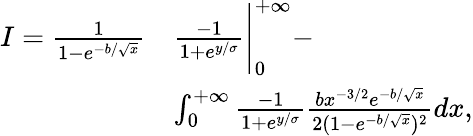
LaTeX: \begin{array}{rl}{I=\frac{1}{1-e^{-b/\sqrt{x}}}}&{\frac{-1}{1+e^{y/\sigma}}\Bigg|_{0}^{+\infty}-}\\ &{\int_{0}^{+\infty}\frac{-1}{1+e^{y/\sigma}}\frac{bx^{-3/2}e^{-b/\sqrt{x}}}{2(1-e^{-b/\sqrt{x}})^{2}}dx,}\end{array}